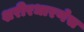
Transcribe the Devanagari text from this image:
शरीरधारणेस